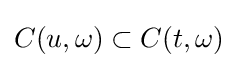
C(u,\omega )\subset C(t,\omega )